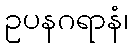
ဥပနဂရာနံ၊